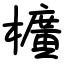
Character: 櫎